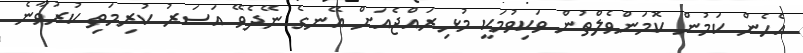
އެހެން ކަމުން ކޮމަންވެލްތުން ވަކިވުމަކީ މުޅިރައްޖެއަށް އޭނގެ ނޭދެވޭ އަސަރު ކުރިމަތި ކުރުވާނެ